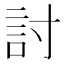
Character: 討